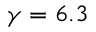
\gamma = 6 . 3